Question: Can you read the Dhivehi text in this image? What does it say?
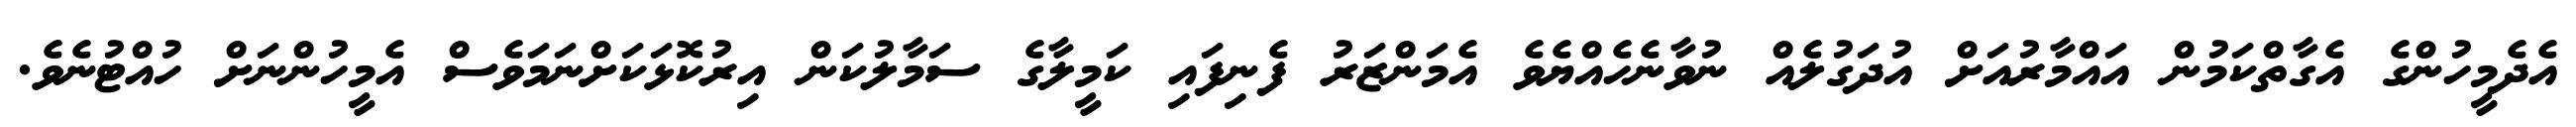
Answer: އެދެމީހުންގެ އެގާތްކަމުން އައްމާރުއަށް އުދަގުލެއް ނުވާނެހެއްޔެވެ އެމަންޒަރު ފެނިފައި ކަމީލާގެ ސަމާލުކަން އިރުކޮޅަކަށްނަމަވެސް އެމީހުންނަށް ހުއްޓުނެވެ.